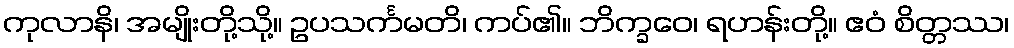
ကုလာနိ၊ အမျိုးတို့သို့။ ဥပသင်္ကမတိ၊ ကပ်၏။ ဘိက္ခဝေ၊ ရဟန်းတို့။ ဧဝံ စိတ္တဿ၊